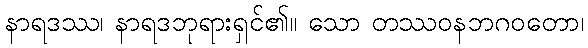
နာရဒဿ၊ နာရဒဘုရားရှင်၏။ သော တဿဝနဘဂဝတော၊